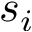
s _ { i }